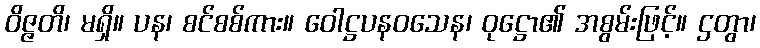
ဝိဇ္ဇတိ၊ မရှိ။ ပန၊ စင်စစ်ကား။ ဝေါဋ္ဌပနဝသေန၊ ဝုဋ္ဌော၏ အစွမ်းဖြင့်။ ဌတွာ၊